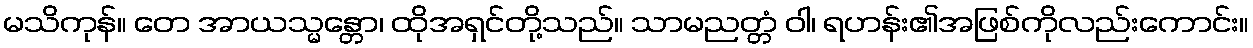
မသိကုန်။ တေ အာယသ္မန္တော၊ ထိုအရှင်တို့သည်။ သာမညတ္တံ ဝါ၊ ရဟန်း၏အဖြစ်ကိုလည်းကောင်း။